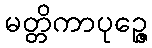
မတ္တိကာပုဉ္ဇေ